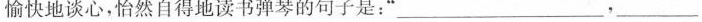
愉快地谈心，怡然自得地读书弹琴的句子是：”___，_